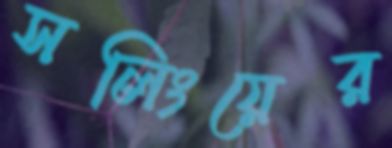
সলিংয়ের